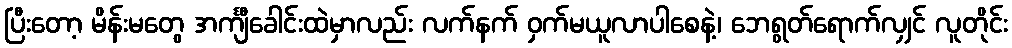
ပြီးတော့ မိန်းမတွေ အင်္ကျီခေါင်းထဲမှာလည်း လက်နက် ဝှက်မယူလာပါစေနဲ့၊ ဘေရွတ်ရောက်လျှင် လူတိုင်း